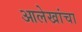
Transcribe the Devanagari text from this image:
आलेखांचा